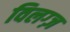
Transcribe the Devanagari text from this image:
विलग्ज़